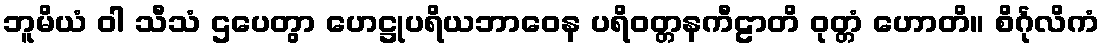
ဘူမိယံ ဝါ သီသံ ဌပေတွာ ဟေဋ္ဌုပရိယဘာဝေန ပရိဝတ္တနကီဠာတိ ဝုတ္တံ ဟောတိ။ စိင်္ဂုလိကံ